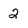
Character: 2